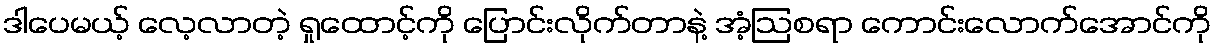
ဒါပေမယ့် လေ့လာတဲ့ ရှုထောင့်ကို ပြောင်းလိုက်တာနဲ့ အံ့ဩစရာ ကောင်းလောက်အောင်ကို